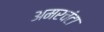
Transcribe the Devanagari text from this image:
अमरचंटा